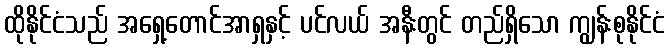
ထိုနိုင်ငံသည် အရှေ့တောင်အာရှနှင့် ပင်လယ် အနီးတွင် တည်ရှိသော ကျွန်းစုနိုင်ငံ